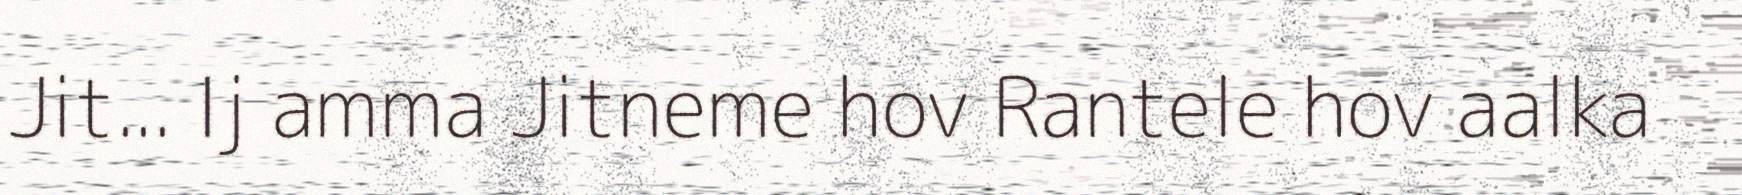
Jit... Ij amma Jitneme hov Rantele hov aalka